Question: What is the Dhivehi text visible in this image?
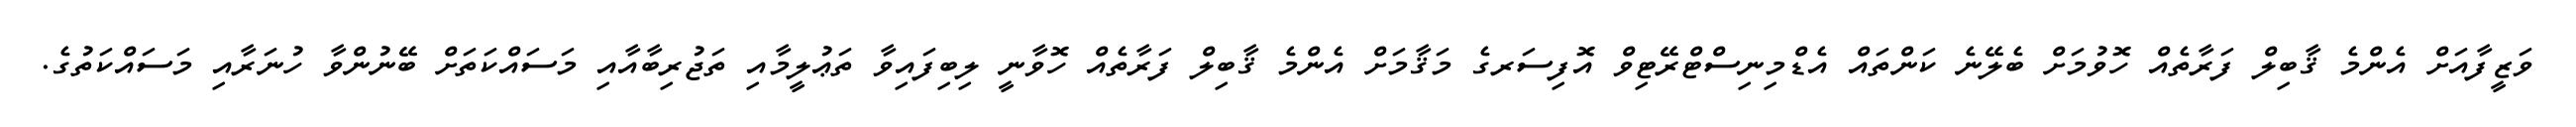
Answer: ވަޒީފާއަށް އެންމެ ޤާބިލް ފަރާތެއް ހޮވުމަށް ބެލޭނެ ކަންތައް އެޑްމިނިސްޓްރޭޓިވް އޮފިސަރގެ މަޤާމަށް އެންމެ ޤާބިލް ފަރާތެއް ހޮވާނީ ލިބިފައިވާ ތަޢުލީމާއި ތަޖުރިބާއާއި މަސައްކަތަށް ބޭނުންވާ ހުނަރާއި މަސައްކަތުގެ.